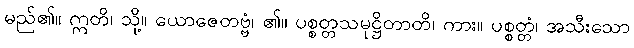
မည်၏။ ဣတိ၊ သို့။ ယောဇေတဗ္ဗံ၊ ၏။ ပစ္စတ္တသမုဋ္ဌိတာတိ၊ ကား။ ပစ္စတ္တံ၊ အသီးသော